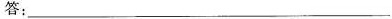
答：___